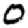
Digit: 0